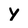
Character: Y